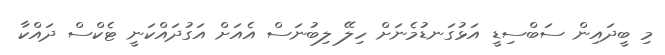
މި ބީދައިން ސަބްސިޑީ އަޅުގަނޑުމެނަށް ހިލޭ ލިބުނަސް އެއަށް އަގުދައްކަނީ ޓެކްސް ދައްކާ